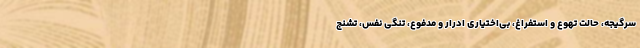
سرگیجه، حالت تهوع و استفراغ، بی‌اختیاری ادرار و مدفوع، تنگی نفس، تشنج